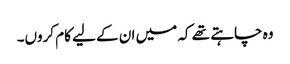
وہ چاہتے تھے کہ میں ان کے لیے کام کروں۔